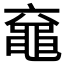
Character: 𪓖